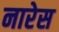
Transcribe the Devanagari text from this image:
नारेस